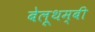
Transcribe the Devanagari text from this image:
बेलूथम्बी